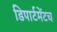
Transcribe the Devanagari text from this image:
डिपार्टमेंटच